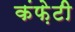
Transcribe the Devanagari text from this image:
कंफ़ेटी